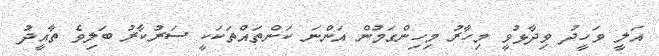
އަލީ ވަހީދު ވިދާޅުވީ މިހާރު މިހިންގަމުން އަންނަ ކަންތައްތަކަކީ ސަރުކާރު ބަލިވެ ތާއީދު